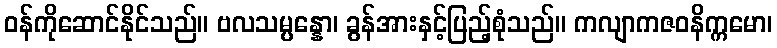
ဝန်ကိုဆောင်နိုင်သည်။ ဗလသမ္ပန္နော၊ ခွန်အားနှင့်ပြည့်စုံသည်။ ကလျာကဇဝနိက္ကမော၊